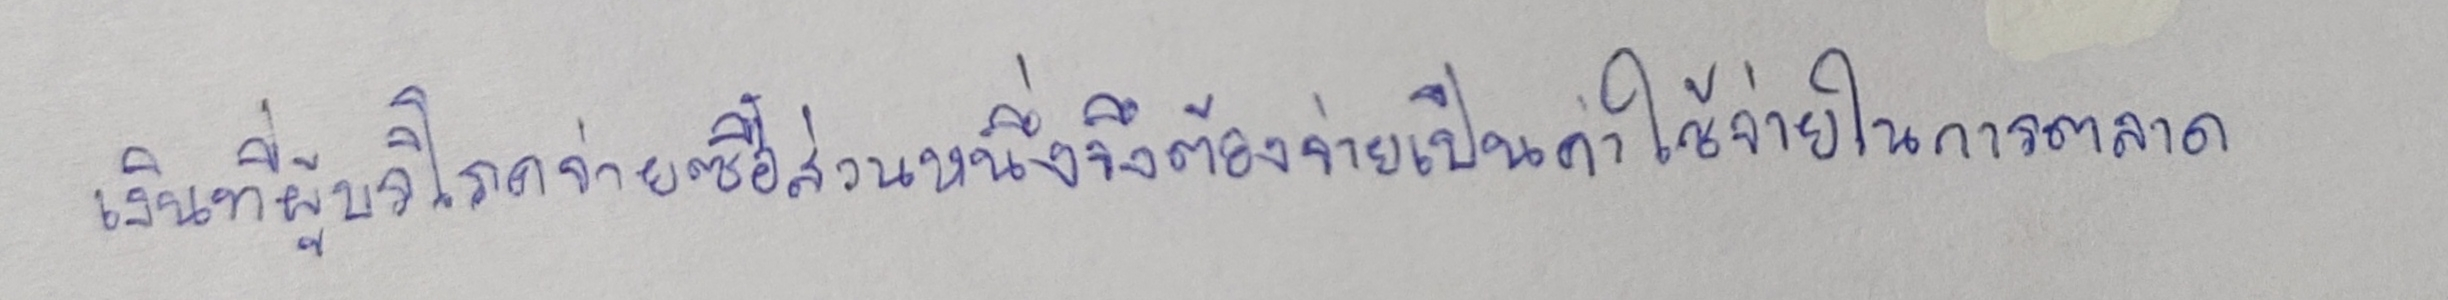
เงินที่ผู้บริโภคจ่ายซื้อส่วนหนึ่งจึงต้องจ่ายเป็นค่าใช้จ่ายในการตลาด